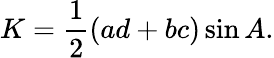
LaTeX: K={\frac{1}{2}}(ad+bc)\sin{A}.